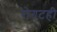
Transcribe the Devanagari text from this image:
रोगटही